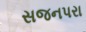
સજનપરા